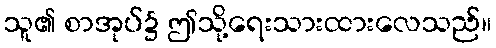
သူ၏ စာအုပ်၌ ဤသို့ရေးသားထားလေသည်။